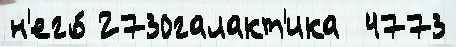
н'его́ 2730галакт'ика  4773